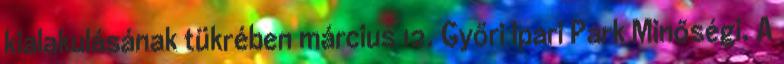
kialakulásának tükrében március 12. Győri Ipari Park Minőségi. A